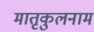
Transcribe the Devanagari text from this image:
मातृकुलनाम